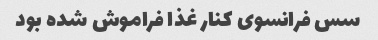
سس فرانسوی کنار غذا فراموش شده بود